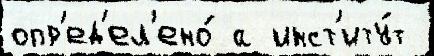
опр'ед'ел'ено́ а инст'иту́т